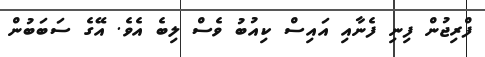
ފްރިޖުން ފިނި ފެނާއި އައިސް ކިއުބު ވެސް ލިބެ އެވެ. އޭގެ ސަބަބުން